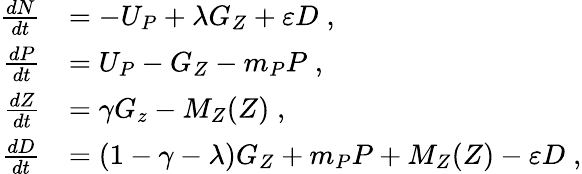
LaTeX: \begin{array}{rl}{\frac{dN}{dt}}&{=-U_{P}+\lambda G_{Z}+\varepsilon D\; ,}\\ {\frac{dP}{dt}}&{=U_{P}-G_{Z}-m_{P}P\; ,}\\ {\frac{dZ}{dt}}&{=\gamma G_{z}-M_{Z}(Z)\; ,}\\ {\frac{dD}{dt}}&{=(1-\gamma-\lambda)G_{Z}+m_{P}P+M_{Z}(Z)-\varepsilon D\; ,}\end{array}